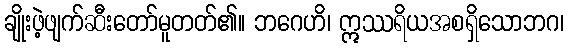
ချိုးဖဲ့ဖျက်ဆီးတော်မူတတ်၏။ ဘဂေဟိ၊ ဣဿရိယအစရှိသောဘဂ၊